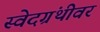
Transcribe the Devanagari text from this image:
स्वेदग्रंथीवर